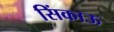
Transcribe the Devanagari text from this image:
सिंकाऊ